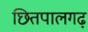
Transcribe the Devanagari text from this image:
छितपालगढ़